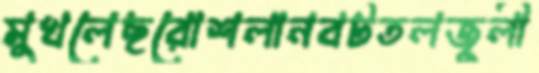
মুখলেছরোশলানবটতলজুলী